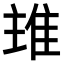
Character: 𨾨